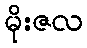
မိုးဇလ